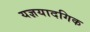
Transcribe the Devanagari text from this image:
यज्ञयादगिक